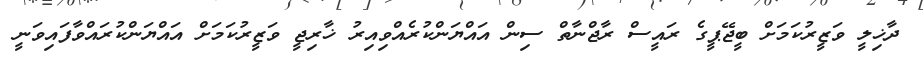
ދާޚިލީ ވަޒީރުކަމަށް ބީޖޭޕީގެ ރައީސް ރާޖްނާތް ސިން އައްޔަންކުރެއްވިއިރު ޚާރިޖީ ވަޒީރުކަމަށް އައްޔަންކުރައްވާފައިވަނީ